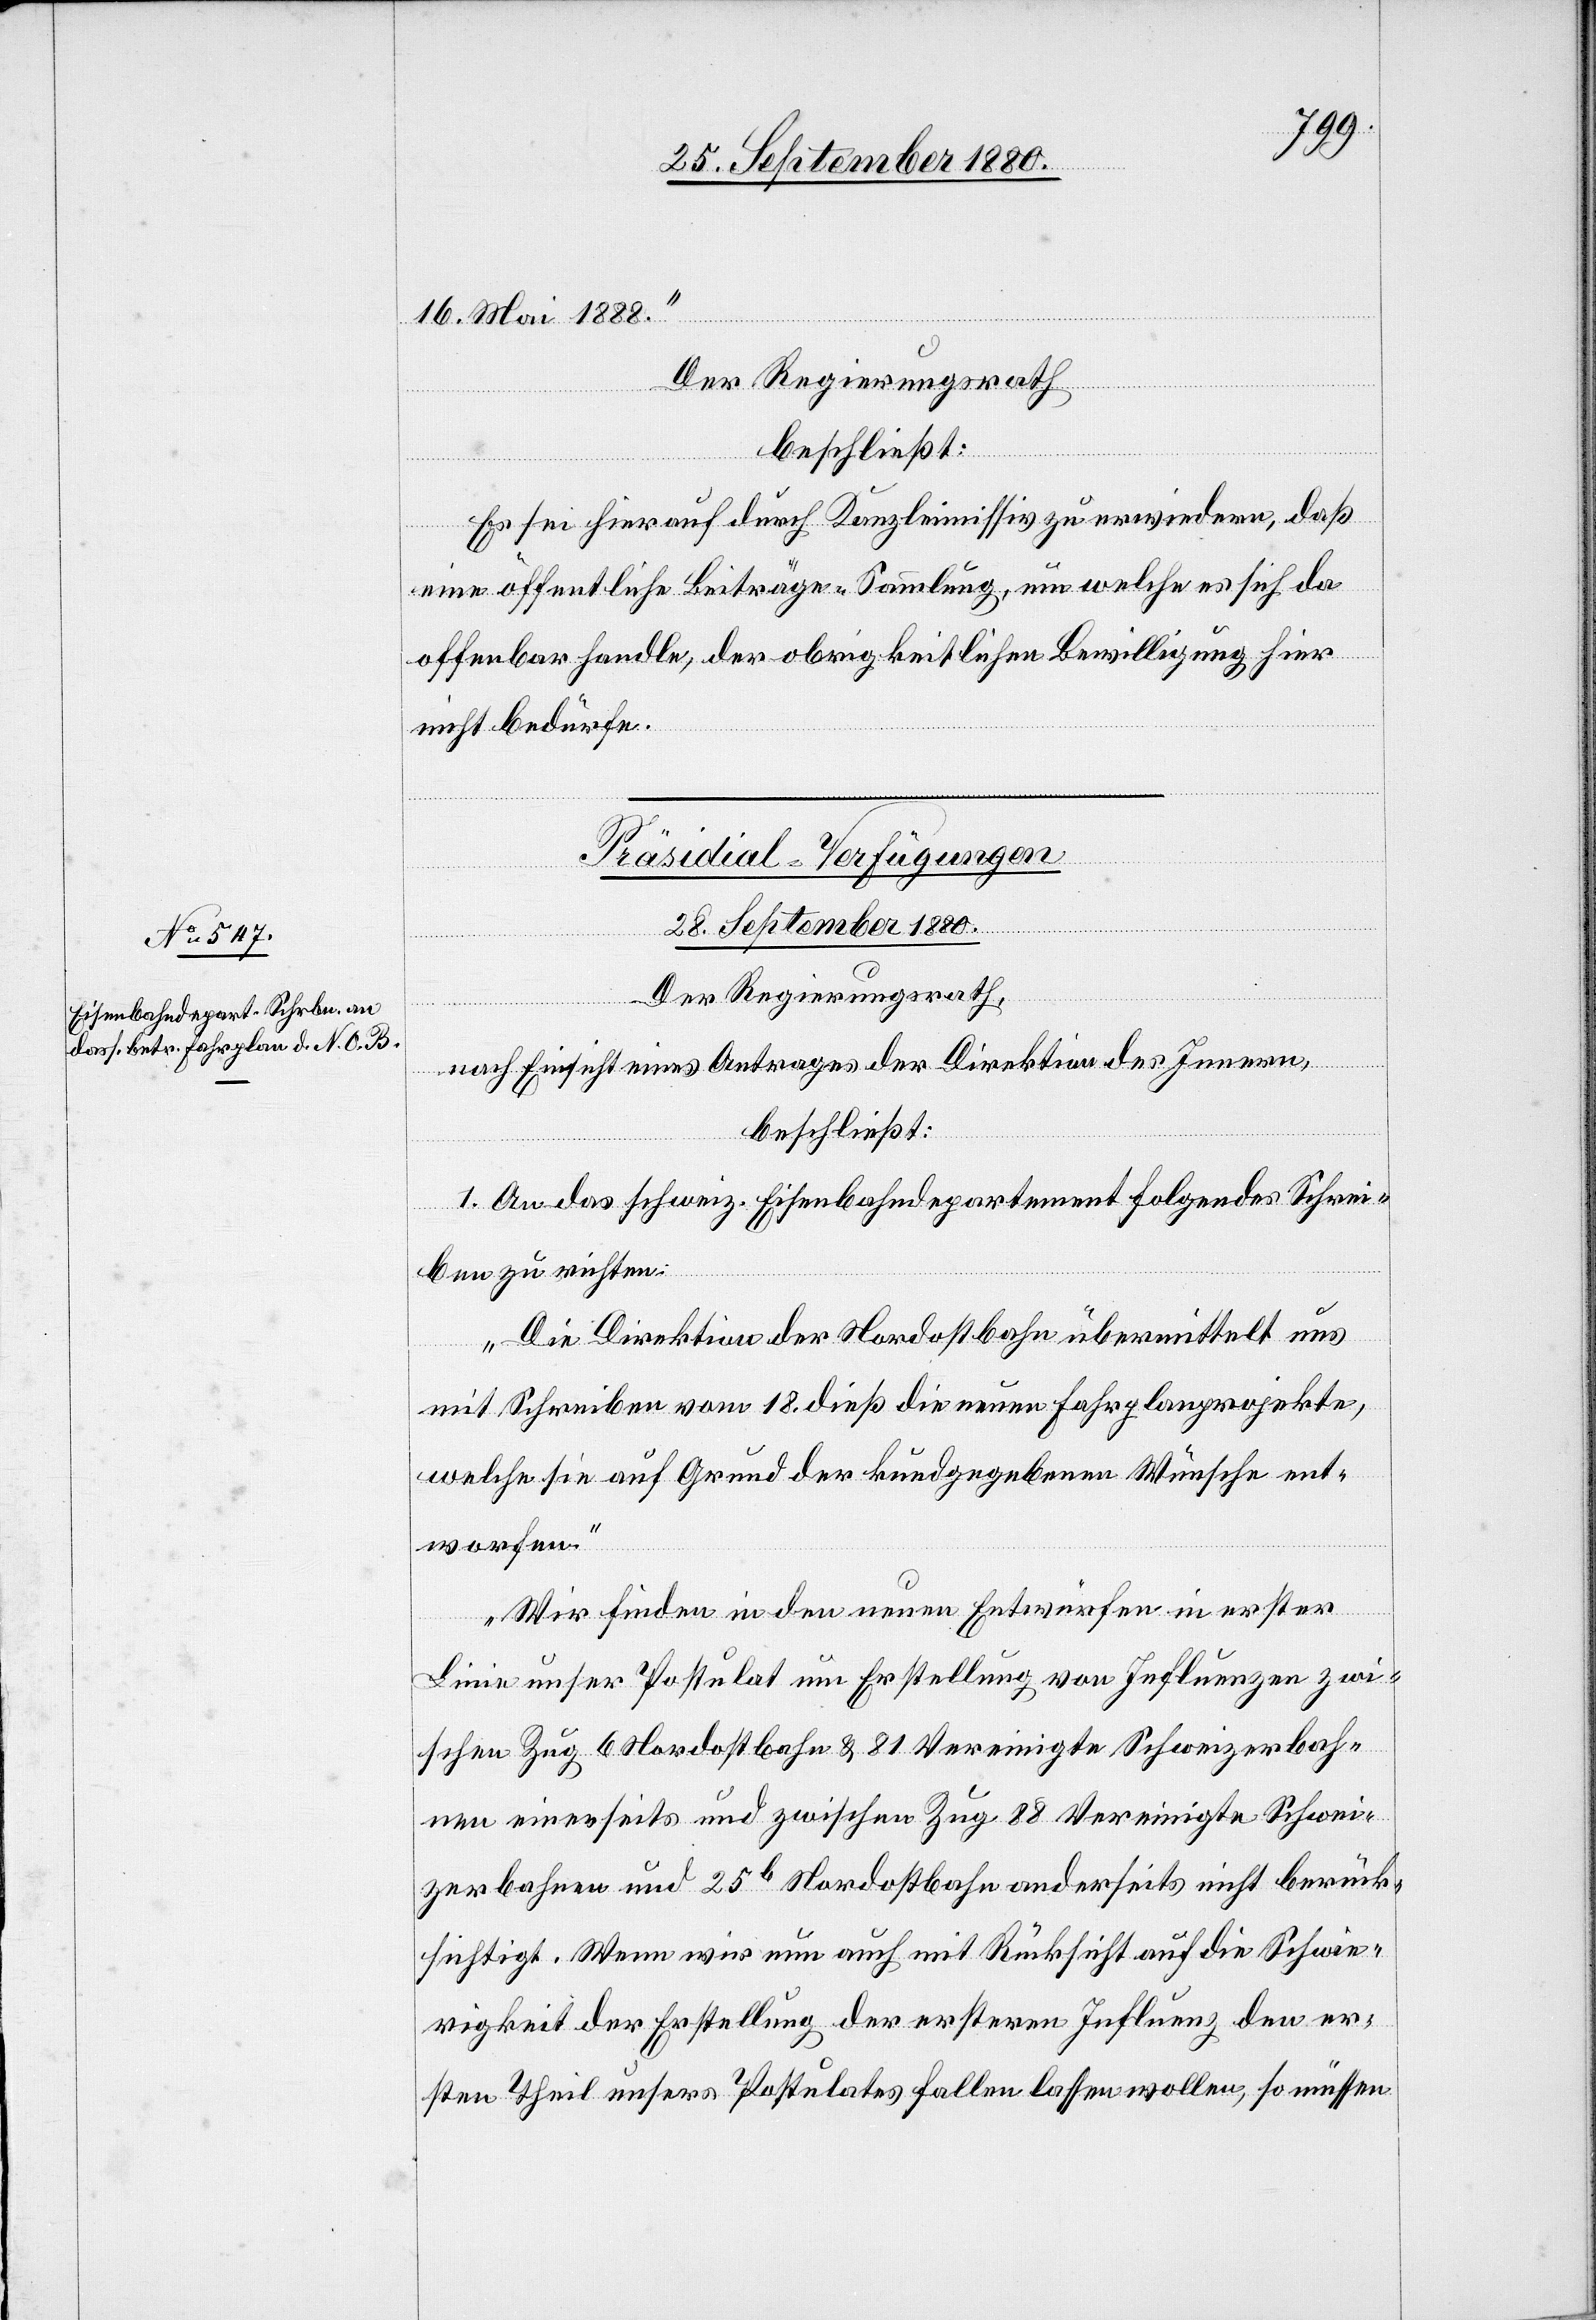
16. Mai 1888.“
Der Regierungsrath
beschließt:
Es sei hierauf durch Kanzleimissiv zu erwiedern, daß
eine öffentliche Beiträge-Sammlung, um welche es sich da
offenbar handle, der obrigkeitlichen Bewilligung hier
nicht bedürfe.
Präsidial-Verfügungen
28. September 1880.
Der Regierungsrath,
nach Einsicht eines Antrages der Direktion des Innern,
beschließt:
1. An das schweiz. Eisenbahndepartement folgendes Schrei¬
ben zu richten:
„Die Direktion der Nordostbahn übermittelt uns
mit Schreiben vom 18. dieß die neuen Fahrplanprojekte,
welche sie auf Grund der kundgegebenen Wünsche ent¬
worfen.
Wir finden in den neuen Entwürfen in erster
Linie unser Postulat um Erstellung von Influenzen zwi¬
schen Zug 6 Nordostbahn & 81 Vereinigte Schweizerbah¬
nen einerseits und zwischen Zug 88 Vereinigte Schwei¬
zerbahnen und 25b Nordostbahn anderseits nicht berück¬
sichtigt. Wenn wir nun auch mit Rücksicht auf die Schwie¬
rigkeit der Erstellung der ersteren Influenz den er¬
sten Theil unsers Postulates fallen lassen wollen, so müssen